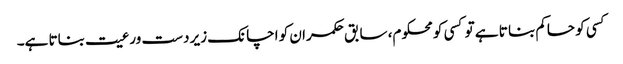
کسی کو حاکم بنا تا ہے تو کسی کو محکوم، سابق حکمران کو اچانک زیر دست ورعیت بناتا ہے۔